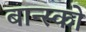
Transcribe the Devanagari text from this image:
बान्स्को